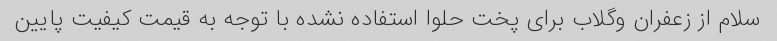
سلام از زعفران وگلاب برای پخت حلوا استفاده نشده با توجه به قیمت کیفیت پایین